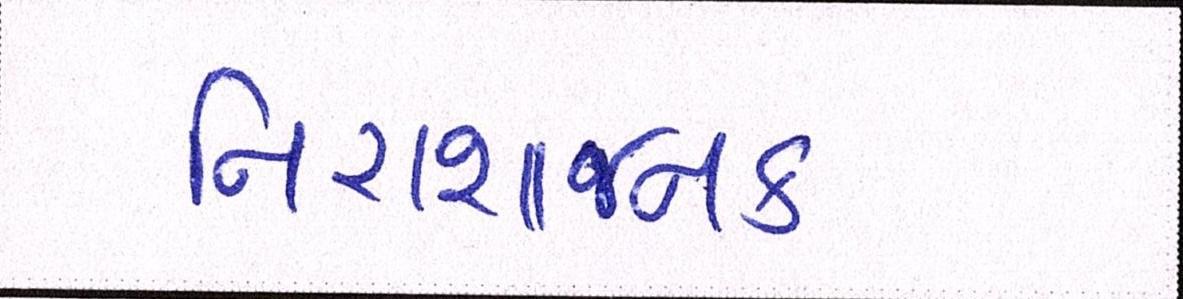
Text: નિરાશાજનક